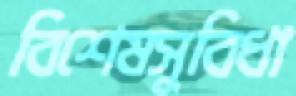
বিশেষসুবিধা